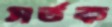
সর্তক